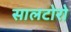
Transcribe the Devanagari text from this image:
सालटोरो